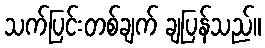
သက်ပြင်းတစ်ချက် ချပြန်သည်။